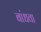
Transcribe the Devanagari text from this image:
बांधवा